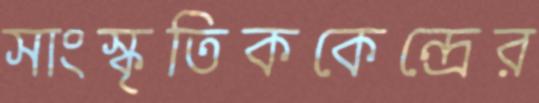
সাংস্কৃতিককেন্দ্রের